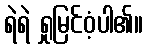
ရဲရဲ ရှုမြင်ဝံ့ပါ၏။